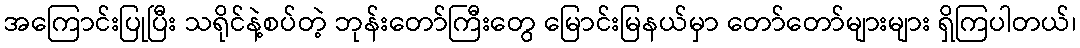
အကြောင်းပြုပြီး သရိုင်နဲ့စပ်တဲ့ ဘုန်းတော်ကြီးတွေ မြောင်းမြနယ်မှာ တော်တော်များများ ရှိကြပါတယ်၊